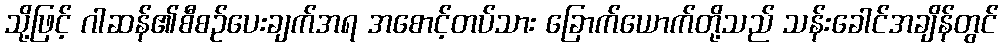
သို့ဖြင့် ဂါဆန်၏စီစဉ်ပေးချက်အရ အစောင့်တပ်သား ခြောက်ယောက်တို့သည် သန်းခေါင်အချိန်တွင်